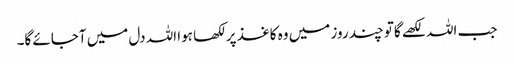
جب اللہ لکھے گاتو چند روز میں وہ کاغذ پر لکھا ہوا اللہ دل میں آجائے گا۔